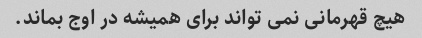
هیچ قهرمانی نمی تواند برای همیشه در اوج بماند.